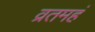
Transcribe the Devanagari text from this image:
व्रतमहं